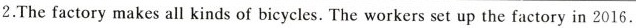
2.The factory makes all kinds of bicycles. The workers set up the factory in 2016.